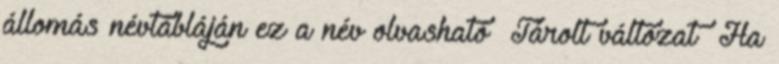
állomás névtábláján ez a név olvasható Tárolt változat Ha